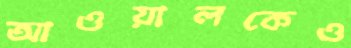
আওয়ালকেও